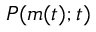
P ( m ( t ) ; t )